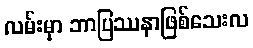
လမ်းမှာ ဘာပြဿနာဖြစ်သေးလ